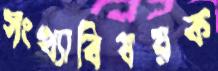
সংখ্যাবিষয়ক